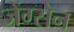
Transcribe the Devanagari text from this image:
जेंग्सेन